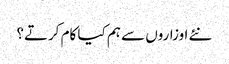
نئے اوزاروں سے ہم کیا کام کرتے؟